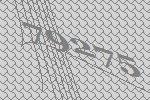
79275